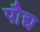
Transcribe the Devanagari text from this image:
पौद्य